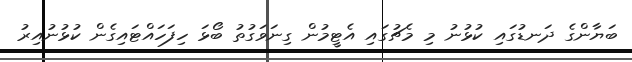
ބަޔާންގެ ދަނޑުގައި ކުޅުނު މި މެޗުގައި އެޓީމުން ގިނަވަގުތު ބޯޅަ ހިފަހައްޓައިގެން ކުޅުނުއިރު